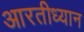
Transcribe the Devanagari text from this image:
आरतीध्यान